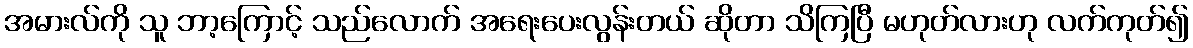
အမားလ်ကို သူ ဘာ့ကြောင့် သည်လောက် အရေးပေးလွန်းတယ် ဆိုတာ သိကြပြီ မဟုတ်လားဟု လက်ကုတ်၍